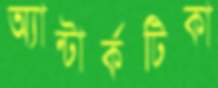
অ্যান্টার্কটিকা